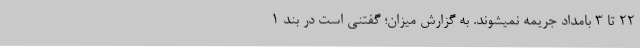
٢٢ تا ٣ بامداد جریمه نمیشوند. به گزارش میزان؛ گفتنی است در بند ۱